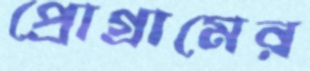
প্রোগ্রামের